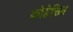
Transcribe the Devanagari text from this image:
कोहेसिव